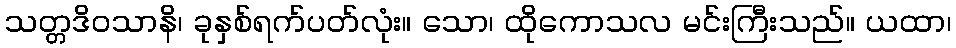
သတ္တဒိဝသာနိ၊ ခုနှစ်ရက်ပတ်လုံး။ သော၊ ထိုကောသလ မင်းကြီးသည်။ ယထာ၊